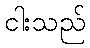
ငါးသည်